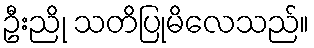
ဦးညို သတိပြုမိလေသည်။